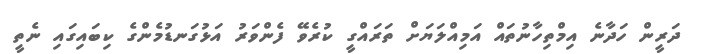
ދަރީން ހަދާނެ އިމްތިހާނުތައް އަމިއްލަޔަށް ތަރައްގީ ކުރެވޭ ފެންވަރު އަޅުގަނޑުމެންގެ ކިބައިގައި ނެތީ